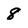
Character: 8